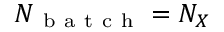
N _ { \mathrm { ~ b ~ a ~ t ~ c ~ h ~ } } = N _ { X }